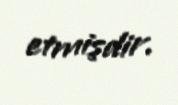
etmişdir.